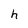
Character: h